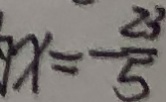
x = \frac { 2 3 } { 5 }